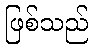
ဖြစ်သည်